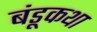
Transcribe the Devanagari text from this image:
बंडूकथा